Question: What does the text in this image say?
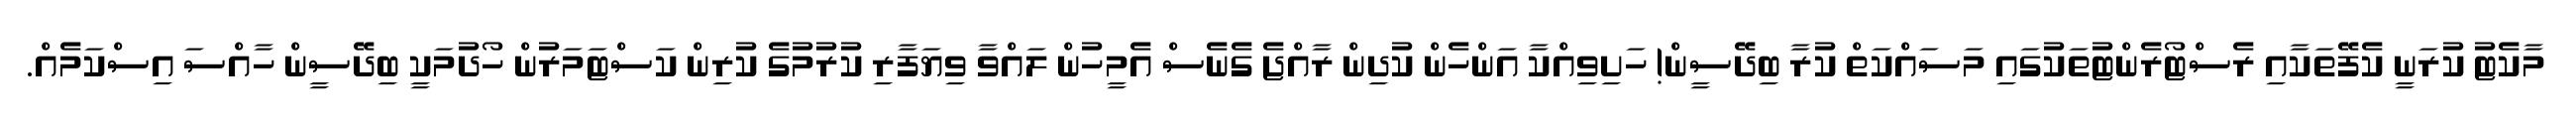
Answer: މާކެޓު ކުރަނީ ކެފޭތަކާއި ރެސްޓޯރެންޓުތަކުގައި މަސައްކަތް ކުރާ ބިދޭސީން! ހަށިވިއްކާ އަންހެން ކުދިން ރާއްޖެ ގެނެސް އެމީހުން ލައްވާ ވިޔަފާރި ކުރުމުގެ ކުރިން ކަސްޓަމަރުން ހޯދުމަކީ ބިދޭސީން ހާއްސަ އިސްކަމެއް.